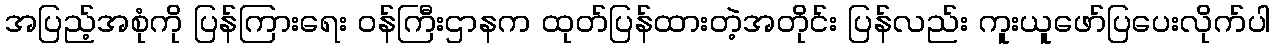
အပြည့်အစုံကို ပြန်ကြားရေး ဝန်ကြီးဌာနက ထုတ်ပြန်ထားတဲ့အတိုင်း ပြန်လည်း ကူးယူဖော်ပြပေးလိုက်ပါ